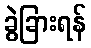
ခွဲခြားရန်